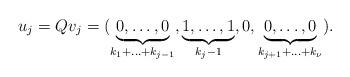
LaTeX: \begin{align*} u_j = Q v_j = (\underbrace{0,\ldots,0}_{k_1+\ldots+k_{j-1}},\underbrace{1,\ldots,1}_{k_j-1},0,\underbrace{0,\ldots,0}_{k_{j+1}+\ldots+k_{\nu}}). \end{align*}